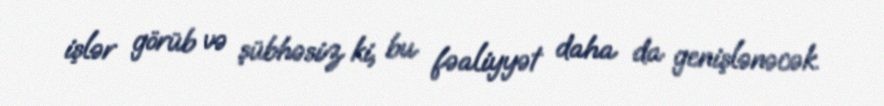
işlər görüb və şübhəsiz ki, bu fəaliyyət daha da genişlənəcək.